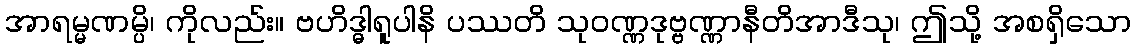
အာရမ္မဏမ္ပိ၊ ကိုလည်း။ ဗဟိဒ္ဓါရူပါနိ ပဿတိ သုဝဏ္ဏဒုဗ္ဗဏ္ဏာနီတိအာဒီသု၊ ဤသို့ အစရှိသော